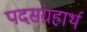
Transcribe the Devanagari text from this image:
पदसंग्रहार्थ